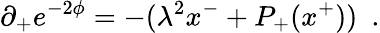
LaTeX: \partial_{+}e^{-2\phi}=-(\lambda^{2}x^{-}+P_{+}(x^{+}))\ \ .